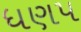
ધણપ